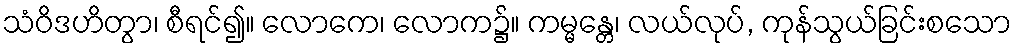
သံဝိဒဟိတွာ၊ စီရင်၍။ လောကေ၊ လောက၌။ ကမ္မန္တေ၊ လယ်လုပ်, ကုန်သွယ်ခြင်းစသော